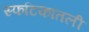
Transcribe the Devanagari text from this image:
स्फटिकातली